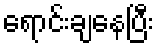
ရောင်းချနေပြီး